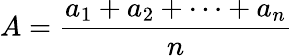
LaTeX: A={\frac{a_{1}+a_{2}+\cdots+a_{n}}{n}}